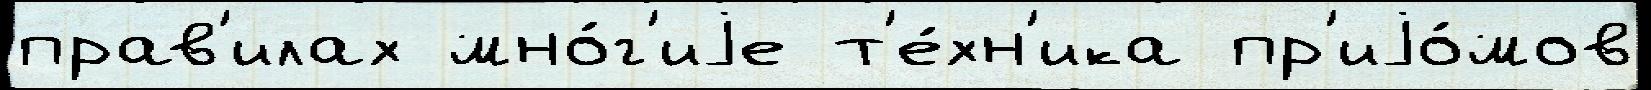
прав'илах мно́г'иjе т'е́хн'ика пр'иjо́мов